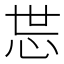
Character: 𱞉